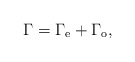
\begin{align*}\Gamma = \Gamma_{\rm e} + \Gamma_{\rm o} ,\end{align*}